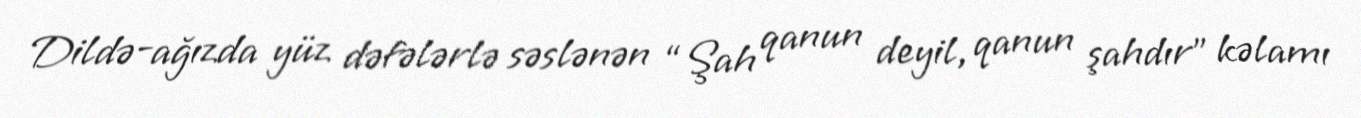
Dildə-ağızda yüz dəfələrlə səslənən “Şah qanun deyil, qanun şahdır” kəlamı